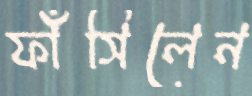
ফাঁসিলেন